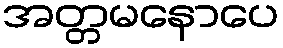
အတ္တမနောပေ